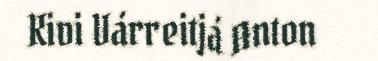
Kivi Várreitjá Anton